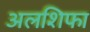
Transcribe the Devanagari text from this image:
अलशिफा